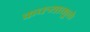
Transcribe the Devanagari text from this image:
कचर्‍यामुळे